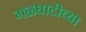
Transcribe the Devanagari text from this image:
गळघाटीच्या